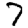
Digit: 7